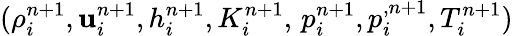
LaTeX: (\rho_{i}^{n+1},\mathbf u_{i}^{n+1},h_{i}^{n+1},K_{i}^{n+1},\, p_{i}^{n+1},p_{i}^{,n+1},T_{i}^{n+1})